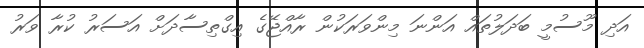
އަދި މޫސުމީ ބަދަލުތައް އަންނަ މިންވަރަކުން ރާއްޖޭގެ އިގްތިސާދަށް އަސަރު ކުރާ ވަރު